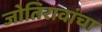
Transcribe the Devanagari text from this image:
जोतिरावांचा